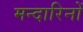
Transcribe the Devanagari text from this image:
मन्दारिनों